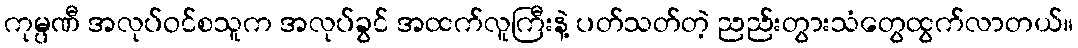
ကုမ္ပဏီ အလုပ်ဝင်စသူက အလုပ်ခွင် အထက်လူကြီးနဲ့ ပတ်သတ်တဲ့ ညည်းတွားသံတွေထွက်လာတယ်။